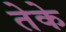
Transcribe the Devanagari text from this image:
तेके